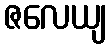
ဇလေယျ